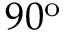
9 0 ^ { \mathrm { o } }